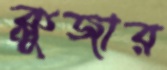
ক্লুজার